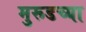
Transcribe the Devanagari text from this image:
मुरूडच्या